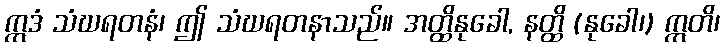
ဣဒံ သံဃရတနံ၊ ဤ သံဃရတနာသည်။ အတ္ထိနုခေါ, နတ္ထိ (နုခေါ၊) ဣတိ၊